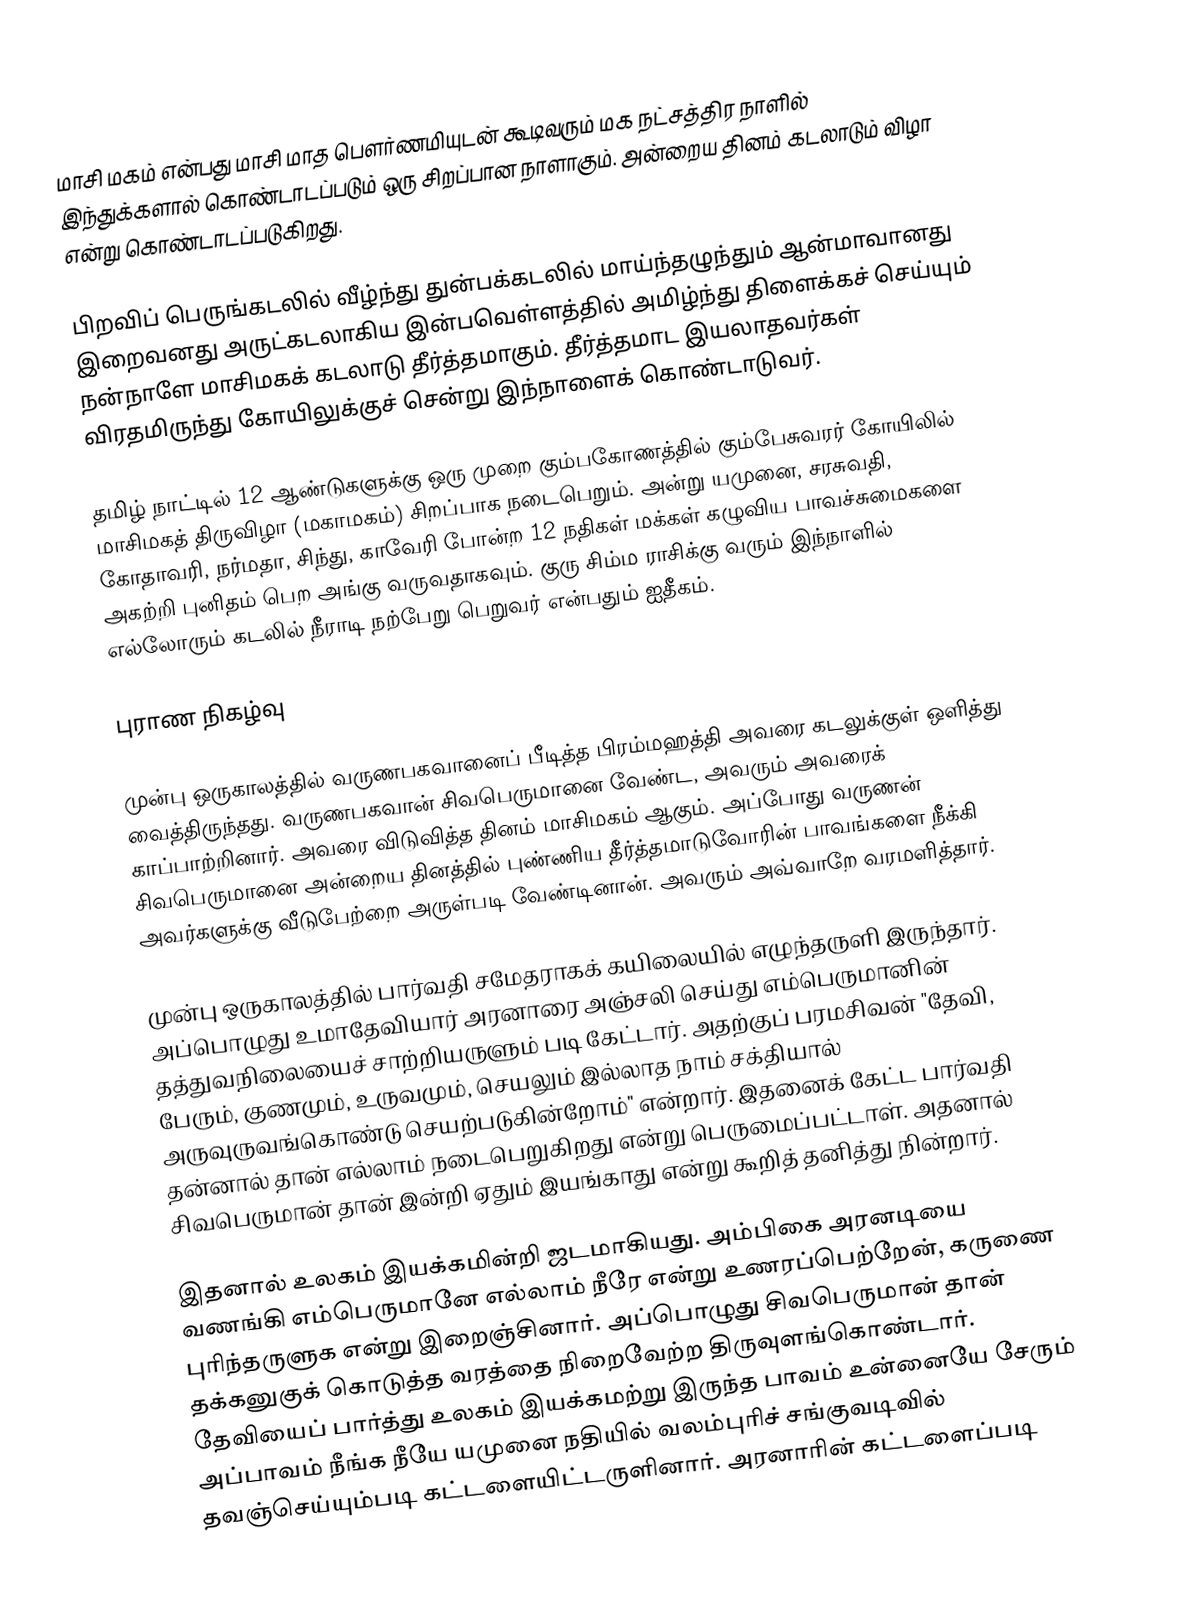
மாசி மகம் என்பது மாசி மாத பௌர்ணமியுடன் கூடிவரும் மக நட்சத்திர நாளில் இந்துக்களால் கொண்டாடப்படும் ஒரு சிறப்பான நாளாகும். அன்றைய தினம் கடலாடும் விழா என்று கொண்டாடப்படுகிறது.

பிறவிப் பெருங்கடலில் வீழ்ந்து துன்பக்கடலில் மாய்ந்தழுந்தும் ஆன்மாவானது இறைவனது அருட்கடலாகிய இன்பவெள்ளத்தில் அமிழ்ந்து திளைக்கச் செய்யும் நன்நாளே மாசிமகக் கடலாடு தீர்த்தமாகும். தீர்த்தமாட இயலாதவர்கள் விரதமிருந்து கோயிலுக்குச் சென்று இந்நாளைக் கொண்டாடுவர்.

தமிழ் நாட்டில் 12 ஆண்டுகளுக்கு ஒரு முறை கும்பகோணத்தில் கும்பேசுவரர் கோயிலில் மாசிமகத் திருவிழா (மகாமகம்) சிறப்பாக நடைபெறும். அன்று யமுனை, சரசுவதி, கோதாவரி, நர்மதா, சிந்து, காவேரி போன்ற 12 நதிகள் மக்கள் கழுவிய பாவச்சுமைகளை அகற்றி புனிதம் பெற அங்கு வருவதாகவும். குரு சிம்ம ராசிக்கு வரும் இந்நாளில் எல்லோரும் கடலில் நீராடி நற்பேறு பெறுவர் என்பதும் ஐதீகம்.

புராண நிகழ்வு

முன்பு ஒருகாலத்தில் வருணபகவானைப் பீடித்த பிரம்மஹத்தி அவரை கடலுக்குள் ஒளித்து வைத்திருந்தது. வருணபகவான் சிவபெருமானை வேண்ட, அவரும் அவரைக் காப்பாற்றினார். அவரை விடுவித்த தினம் மாசிமகம் ஆகும். அப்போது வருணன் சிவபெருமானை அன்றைய தினத்தில் புண்ணிய தீர்த்தமாடுவோரின் பாவங்களை நீக்கி அவர்களுக்கு வீடுபேற்றை அருள்படி வேண்டினான். அவரும் அவ்வாறே வரமளித்தார்.

முன்பு ஒருகாலத்தில் பார்வதி சமேதராகக் கயிலையில் எழுந்தருளி இருந்தார். அப்பொழுது உமாதேவியார் அரனாரை அஞ்சலி செய்து எம்பெருமானின் தத்துவநிலையைச் சாற்றியருளும் படி கேட்டார். அதற்குப் பரமசிவன் "தேவி, பேரும், குணமும், உருவமும், செயலும் இல்லாத நாம் சக்தியால் அருவுருவங்கொண்டு செயற்படுகின்றோம்" என்றார். இதனைக் கேட்ட பார்வதி தன்னால் தான் எல்லாம் நடைபெறுகிறது என்று பெருமைப்பட்டாள். அதனால் சிவபெருமான் தான் இன்றி ஏதும் இயங்காது என்று கூறித் தனித்து நின்றார்.

இதனால் உலகம் இயக்கமின்றி ஜடமாகியது. அம்பிகை அரனடியை வணங்கி எம்பெருமானே எல்லாம் நீரே என்று உணரப்பெற்றேன், கருணை புரிந்தருளுக என்று இறைஞ்சினார். அப்பொழுது சிவபெருமான் தான் தக்கனுகுக் கொடுத்த வரத்தை நிறைவேற்ற திருவுளங்கொண்டார். தேவியைப் பார்த்து உலகம் இயக்கமற்று இருந்த பாவம் உன்னையே சேரும் அப்பாவம் நீங்க நீயே யமுனை நதியில் வலம்புரிச் சங்குவடிவில் தவஞ்செய்யும்படி கட்டளையிட்டருளினார். அரனாரின் கட்டளைப்படி